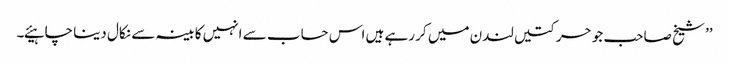
’’ شیخ صاحب جو حرکتیں لندن میں کر رہے ہیں اس حساب سے انہیں کابینہ سے نکال دینا چاہیئے۔